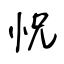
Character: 怳